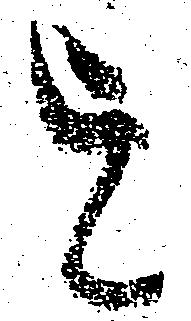
を